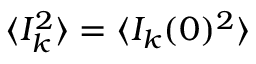
\langle I _ { k } ^ { 2 } \rangle = \langle I _ { k } ( 0 ) ^ { 2 } \rangle